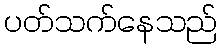
ပတ်သက်နေသည်